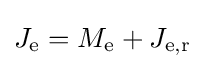
J_{\mathrm {e} }=M_{\mathrm {e} }+J_{\mathrm {e,r} }